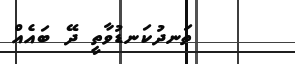
ތަނދުކަނޑުވާތީ ދޭ ބައެއް